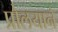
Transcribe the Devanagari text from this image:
प्रोलयाने